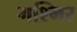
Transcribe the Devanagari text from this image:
गश्मिर